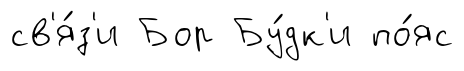
св'я́з'и Бор Бу́дк'и по́яс